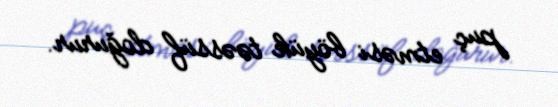
puç etməsi böyük təəssüf doğurur.